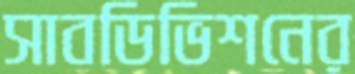
সাবডিভিশনের